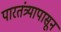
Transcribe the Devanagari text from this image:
पारतंत्र्यापासून